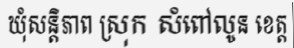
ឃុំសន្តិភាព ស្រុក សំពៅលូន ខេត្ត